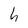
Character: h